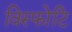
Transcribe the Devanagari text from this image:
विस्फोटि